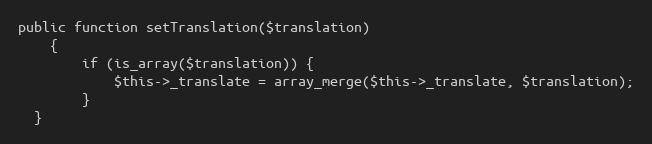
Language: PHP
public function setTranslation($translation)
	{
		if (is_array($translation)) {
			$this->_translate = array_merge($this->_translate, $translation);
		}
  }